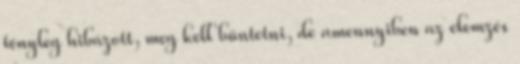
tényleg hibázott, meg kell büntetni, de amennyiben az elemzés